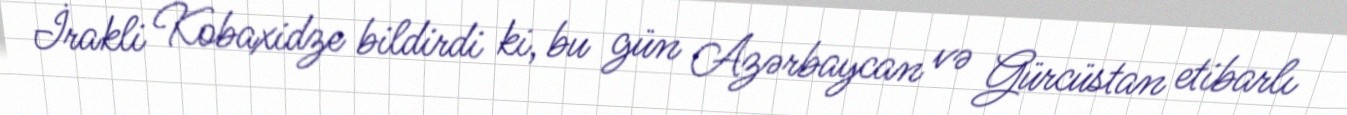
İrakli Kobaxidze bildirdi ki, bu gün Azərbaycan və Gürcüstan etibarlı